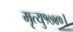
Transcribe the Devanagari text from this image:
मृत्यु१७४०।